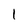
Character: 1